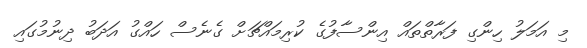
މި އަމަލު ހިންގި ފަރާތްތައް އިންސާފުގެ ކުރިމައްޗަށް ގެނެސް ހައްގު އަދަބު ދިނުމުގައި